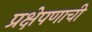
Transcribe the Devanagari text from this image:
प्रक्षेपणाची